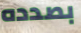
بصدده